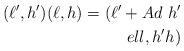
LaTeX: \begin{align*}(\ell ^{\prime },h^{\prime })(\ell ,h)=(\ell ^{\prime }+Ad\ h^{\prime }\\ell ,h^{\prime }h)\end{align*}